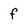
Character: f